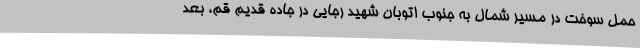
حمل سوخت در مسیر شمال به جنوب اتوبان شهید رجایی در جاده قدیم قم، بعد